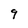
Character: 9